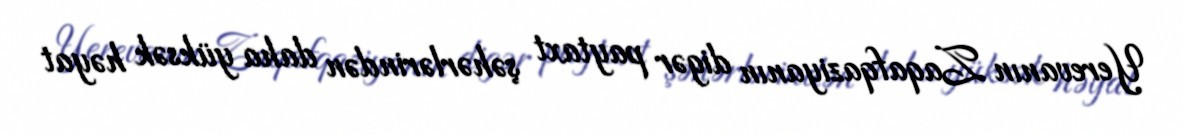
Yerevanın Zaqafqaziyanın digər paytaxt şəhərlərindən daha yüksək həyat